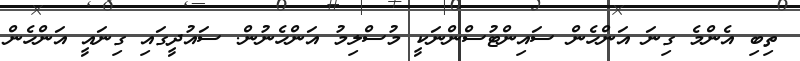
ތިބި އެންމެ ގިނަ އަންހެން ސައިންޓުސްންނަކީ މުސްލިމު އަންހެނުން. ސައުދީގައި ގިނައީ އަންހެން